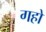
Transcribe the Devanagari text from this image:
गहो